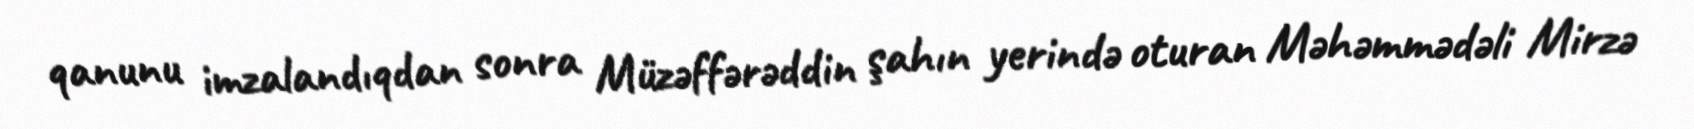
qanunu imzalandıqdan sonra Müzəffərəddin şahın yerində oturan Məhəmmədəli Mirzə